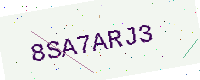
Text: 8SA7ARJ3